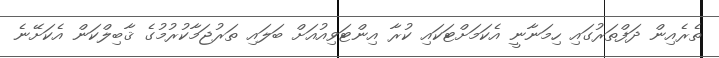
ތެރެއިން ދަފްތަރުގައި ހިމަނާނީ އެކަމަށްޓަކައި ކުރާ އިންޓަވިއުއަށް ބަލައި ތަރުޖަމާކުރުމުގެ ޤާބިލްކަން އެކަށޭނެ